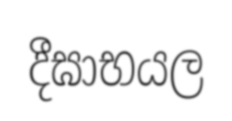
දීඝාභයල